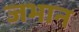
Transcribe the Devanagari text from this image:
जभान